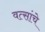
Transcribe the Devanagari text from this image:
वत्सांचे